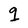
Character: q